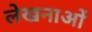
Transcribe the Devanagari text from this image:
लेखनाओं